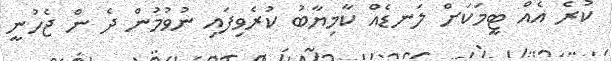
ކުރެ އެއް ޓީމަކަށް ލަނޑެއް ކާމިޔާބު ކުރެވިފައި ނުވުމުން ދެ ން ޖެހުނީ